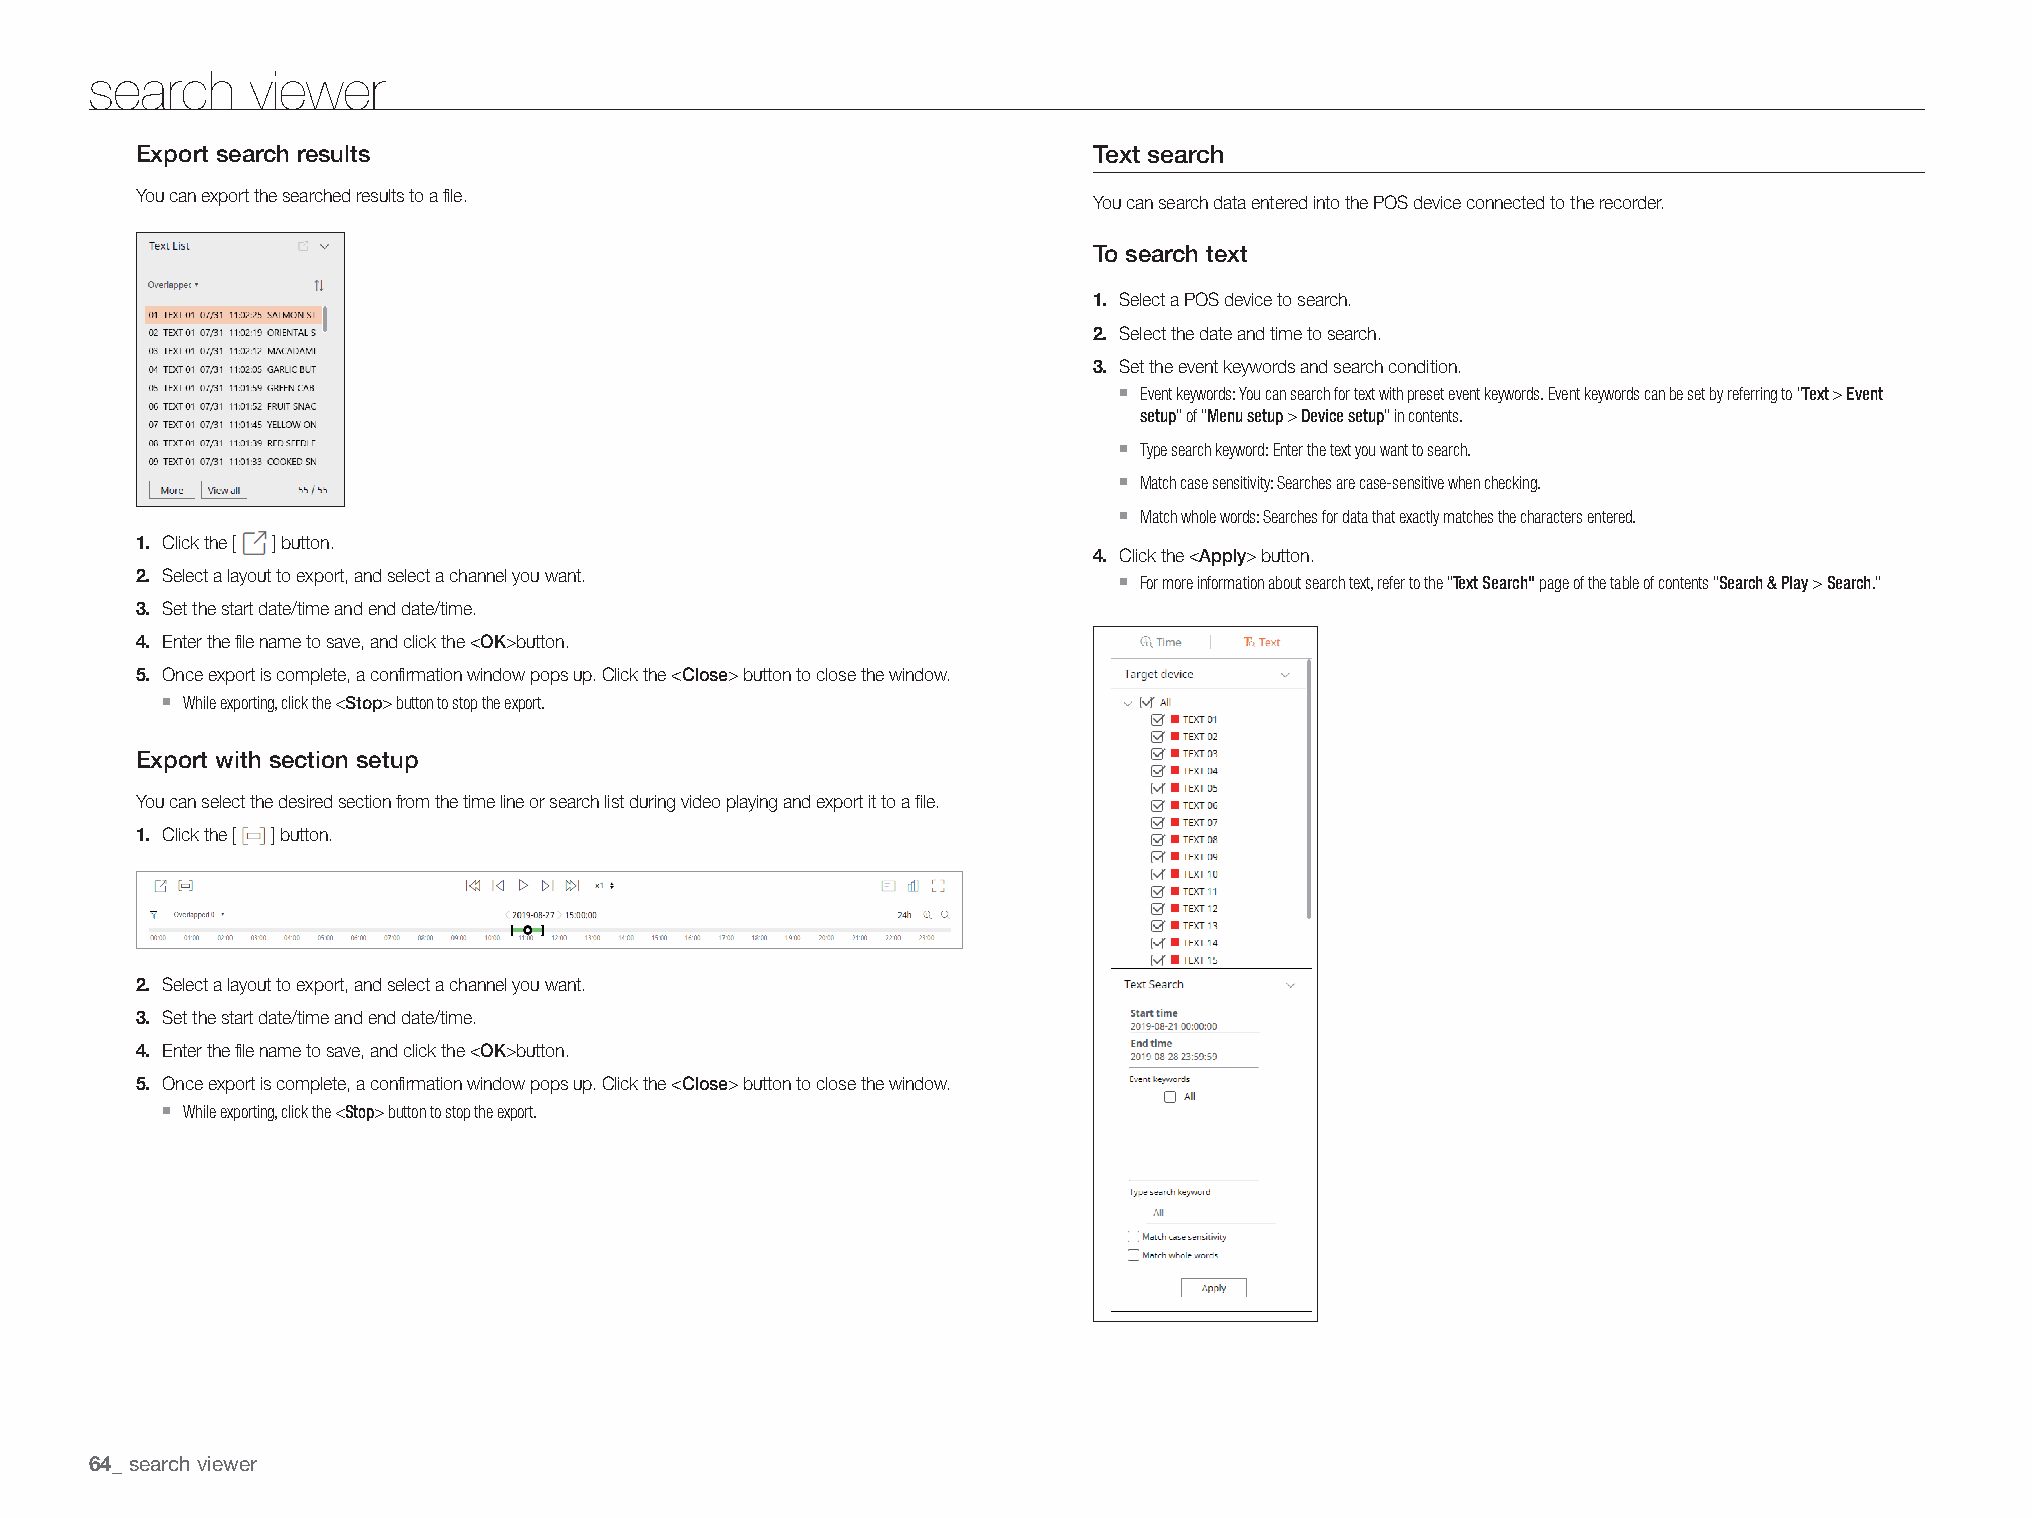
search     viewer
 Export search results                                          Text search
 You can export the searched results to a file.
 You can search data entered into the POS device connected to the recorder.
 To search text
 1. Select a POS device to search.
 2. Select the date and time to search.
 3. Set the event keywords and search condition.
 `
 Event keywords: You can search for text with preset event keywords. Event keywords can be set by referring to "Text > Event
 setup" of "Menu setup > Device setup" in contents.
 `
 Type search keyword: Enter the text you want to search.
 `
 Match case sensitivity: Searches are case-sensitive when checking.
 `
 Match whole words: Searches for data that exactly matches the characters entered.
 1. Click the [ ] button.
 4. Click the <apply> button.
 2. Select a layout to export, and select a channel you want.     ` For more information about search text, refer to the "Text Search" page of the table of contents "Search & Play > Search."
 3. Set the start date/time and end date/time.
 4. Enter the file name to save, and click the <Ok>button.
 5. Once export is complete, a confirmation window pops up. Click the <Close> button to close the window.
 `
 While exporting, click the <Stop> button to stop the export.
 Export with section setup
 You can select the desired section from the time line or search list during video playing and export it to a file.
 1. Click the [ ] button.
 2. Select a layout to export, and select a channel you want.
 3. Set the start date/time and end date/time.
 4. Enter the file name to save, and click the <Ok>button.
 5. Once export is complete, a confirmation window pops up. Click the <Close> button to close the window.
 `
 While exporting, click the <Stop> button to stop the export.
 search viewer
 64_